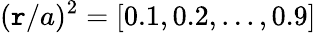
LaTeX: (\mathtt{r}/a)^{2}=[0.1,0.2,...,0.9]